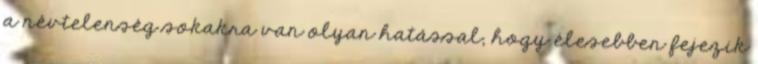
a névtelenség sokakra van olyan hatással, hogy élesebben fejezik